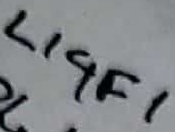
Text: LIGF1